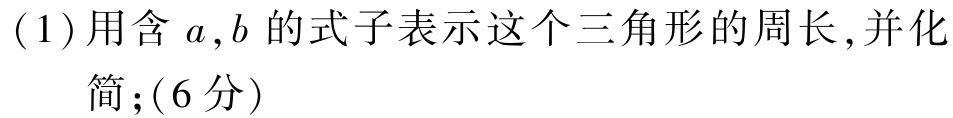
(1)用含\(a,b\)的式子表示这个三角形的周长,并化简;(6分)